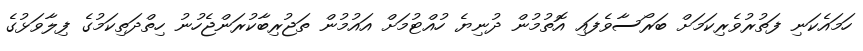
ހަމައެކަނި ފަތުރުވެރިކަމަށް ބަރޯސާވެފައި އޮތުމުން ދުނިޔެ ހުއްޓުމަށް އައުމުން ތަޖުރިބާކުރަންޖެހުނު ހިތްދަތިކަމުގެ ފިލާވަޅުގެ